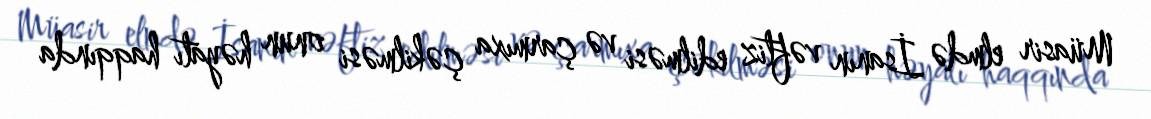
Müasir elmdə İsanın vəftiz edilməsi və çarmıxa çəkilməsi onun həyatı haqqında